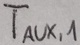
Text: TAUX,1